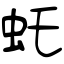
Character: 虴